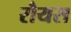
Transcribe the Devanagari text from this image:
रौयस